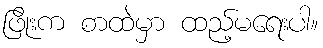
ဖြိုးက စာထဲမှာ ထည့်မရေးပါ။